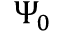
\Psi _ { 0 }